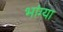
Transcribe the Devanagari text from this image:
भांग्या